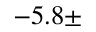
- 5 . 8 \pm